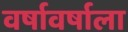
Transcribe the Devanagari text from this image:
वर्षावर्षाला